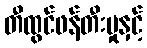
တီထွင်ဖန်တီးမှုနှင့်